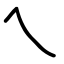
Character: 乀